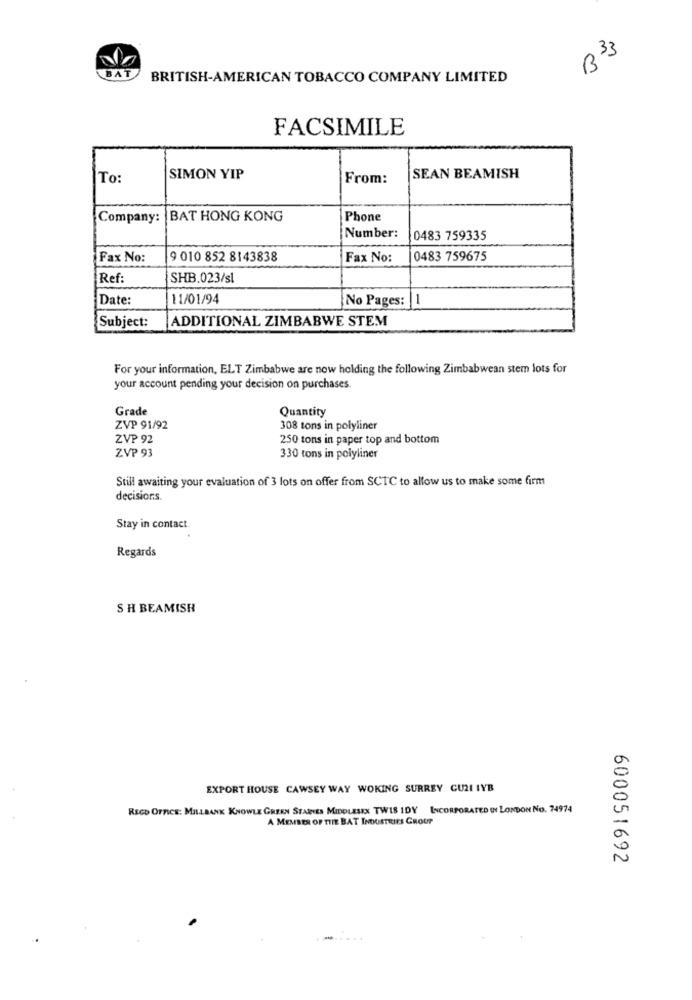
B 33
BAT
BRITISH-AMERICAN TOBACCO COMPANY LIMITED
FACSIMILE
To:
SIMON YIP
From:
SEAN BEAMISH
Company:
BAT HONG KONG
Phone
Number:
0483 759335
Fax No:
9 010 852 8143838
Fax No:
10483 759675
Ref:
SHB.023/sl
Date:
11/01/94
No Pages:
-
Subject:
ADDITIONAL ZIMBABWE STEM
For your information, ELT Zimbabwe are now holding the following Zimbabwean stem lots for
your account pending your decision on purchases.
Grade
Quantity
ZVP 91/92
308 tons in polyliner
ZVP 92
250 tons in paper top and bottom
ZVP 93
330 tons in polyliner
Still awaiting your evaluation of 3 lots on offer from SCTC to allow us to make some firm
decisions.
Stay in contact.
Regards
SH BEAMISH
EXPORT HOUSE CAWSEY WAY WOKING SURREY CUZ IVB
RECO OFFICE: MILLBANK KNOWLE GREEN STAINES MIDDLESEX TWIS IDY INCORPORATED IN LONDON NO. 74974
A MEMBER OF THE BAT INDUSTRIES GROUP
600051692